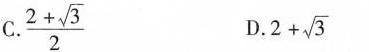
C. $$\frac { 2 + \sqrt{ 3 } } { 2 }$$ D. $$2 + \sqrt { 3 }$$